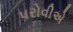
પરોવીએ